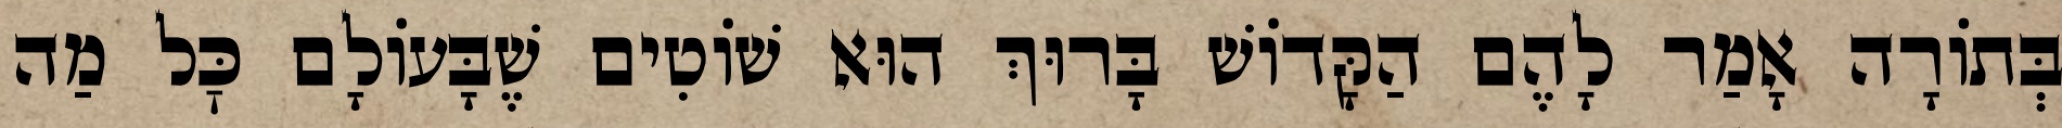
בְּתוֹרָה אָמַר לָהֶם הַקָּדוֹשׁ בָּרוּךְ הוּא שׁוֹטִים שֶׁבָּעוֹלָם כׇּל מַה